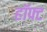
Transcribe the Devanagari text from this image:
हॉफ्ट